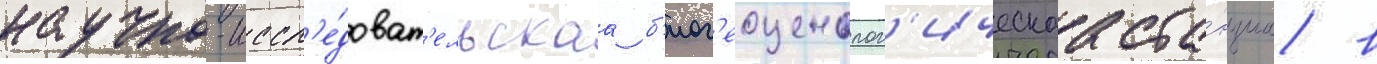
научно-иссл'е́доват'ельскаа б'иог'еоценолог'ическаа ста́нциа в